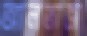
আলতাজ